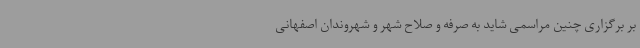
بر برگزاری چنین مراسمی شاید به صرفه و صلاح شهر و شهروندان اصفهانی